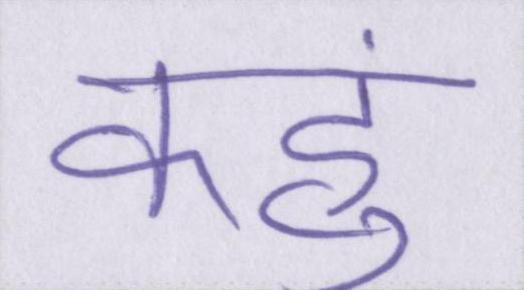
कहुं